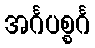
အင်္ဂပစ္စင်္ဂ